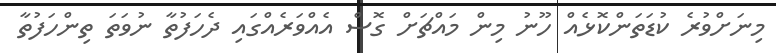
މިނަށްވުރެ ކުޑަތަންކޮޅެއް ހޫނު މިން މައްޗަށް ގޮސް އެއްވަރެއްގައި ދެހަފުތާ ނުވަތަ ތިންހަފުތާ